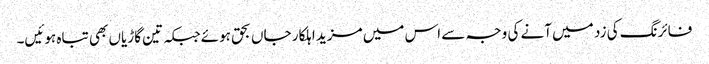
فائرنگ کی زد میں آنے کی وجہ سے اس میں مزید اہلکار جاں بحق ہوئےجبکہ تین گاڑیاں بھی تباہ ہوئیں۔